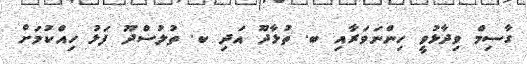
ގާސިމް ވިދާޅުވީ ހިންނަވަރާއި ބ. ތުޅާދޫ އަދި ކ. ތުލުސްދޫ ފަޅު ހިއްކުމަށް